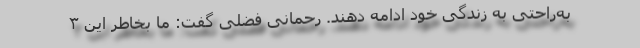
به‌راحتی به زندگی خود ادامه دهند. رحمانی فضلی گفت: ما بخاطر این ۳